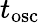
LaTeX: t_{\mathrm{osc}}